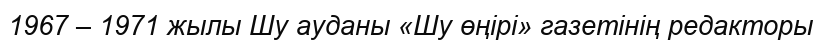
1967 – 1971 жылы Шу ауданы «Шу өңірі» газетінің редакторы